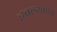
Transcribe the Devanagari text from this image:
इवल्याशा